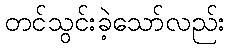
တင်သွင်းခဲ့သော်လည်း